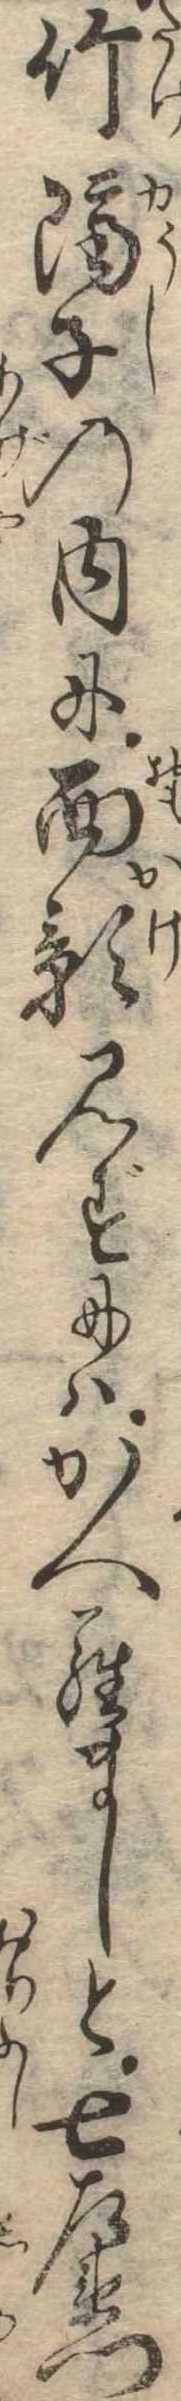
竹隔子の内に面影見ずにはかへらましと七左衛門